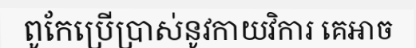
ពូកែប្រើប្រាស់នូវកាយវិការ គេអាច